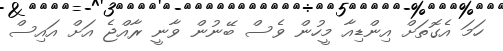
ހަމަ އެގޮތަށް އިންޑިއާ މީހުން ވެސް ބޭނުން ވާނީ ރާއްޖެ އަށް އައިސް